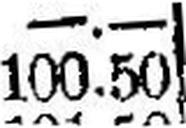
100.50